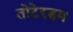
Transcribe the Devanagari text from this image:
तोटेरडम